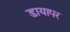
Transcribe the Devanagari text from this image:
डायापर